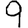
Digit: 9